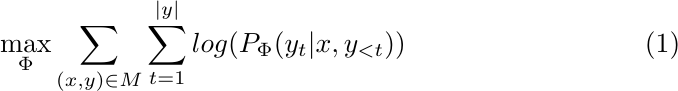
\begin{equation}
    \max_{\Phi} \sum_{(x,y)\in M }\sum_{t=1}^{|y|}log(P_\Phi(y_t|x,y_{<t}))
\end{equation}